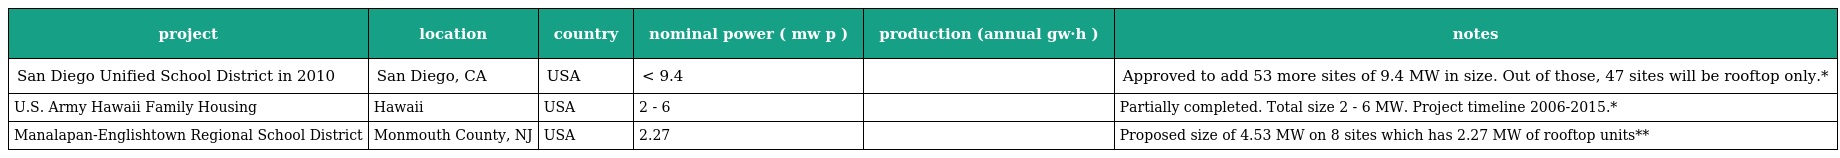
| project | location | country | nominal power ( mw p ) | production (annual gw·h ) | notes |
 | --- | --- | --- | --- | --- | --- |
 | San Diego Unified School District in 2010 | San Diego, CA | USA | < 9.4 |  | Approved to add 53 more sites of 9.4 MW in size. Out of those, 47 sites will be rooftop only.* |
 | U.S. Army Hawaii Family Housing | Hawaii | USA | 2 - 6 |  | Partially completed. Total size 2 - 6 MW. Project timeline 2006-2015.* |
 | Manalapan-Englishtown Regional School District | Monmouth County, NJ | USA | 2.27 |  | Proposed size of 4.53 MW on 8 sites which has 2.27 MW of rooftop units** |